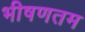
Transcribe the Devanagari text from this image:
भीषणतम